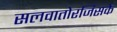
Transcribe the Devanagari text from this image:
सलवातोरजिसके